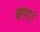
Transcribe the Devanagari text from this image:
धरा।